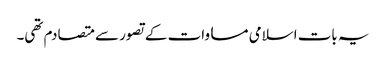
یہ بات اسلامی مساوات کے تصور سے متصادم تھی۔